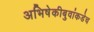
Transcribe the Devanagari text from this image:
अभिषेकीबुवांकडेच